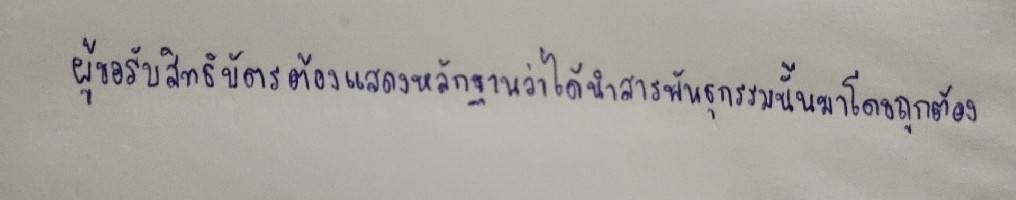
ผู้ขอรับสิทธิบัตรต้องแสดงหลักฐานว่าได้นำสารพันธุกรรมนั้นมาโดยถูกต้อง